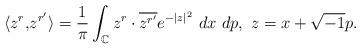
LaTeX: \begin{align*}\langle z^{r},& z^{r'}\rangle= \frac{1}{\pi}\int_{\mathbb{C}} z^{r} \cdot \overline{z^{r'}}e^{-|z|^2}\ dx\ dp,\ z = x + \sqrt{-1}p. \end{align*}